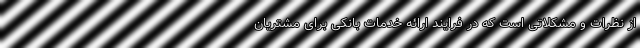
از نظرات و مشکلاتی است که در فرایند ارائه خدمات بانکی برای مشتریان